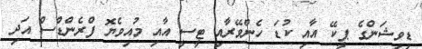
ޑިވިޝަންގެ ޕީކޭ އާއި ކުޑަ ހެންވޭރާއި ޓީސީ އާއި މުއިވެޔޮ ފްރެންޑްސް އަދި